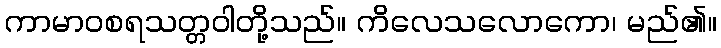
ကာမာဝစရသတ္တဝါတို့သည်။ ကိလေသလောကော၊ မည်၏။